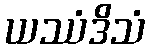
ယဿံဒိသံ